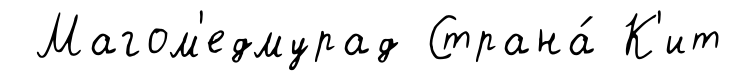
Магом'едмурад Страна́ К'ит